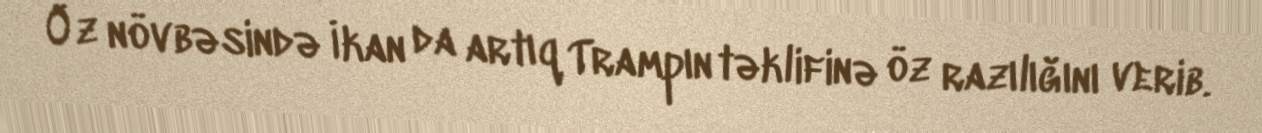
Öz növbəsində İkan da artıq Trampın təklifinə öz razılığını verib.